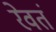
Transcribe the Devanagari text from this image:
रेवतं